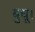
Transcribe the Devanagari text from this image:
बुधू।